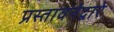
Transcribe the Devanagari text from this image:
प्रस्तावनेद्वारे